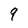
Character: 9